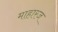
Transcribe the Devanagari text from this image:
माहारज